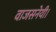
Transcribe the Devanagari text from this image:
वाजसनेयी।